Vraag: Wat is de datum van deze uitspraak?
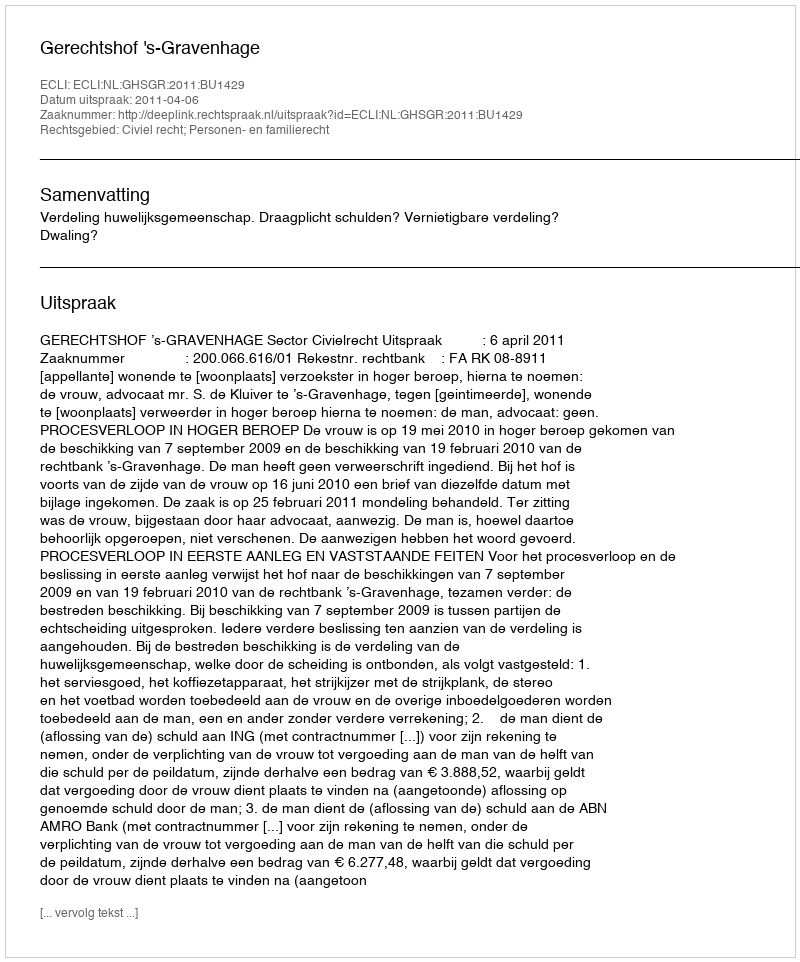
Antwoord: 2011-04-06